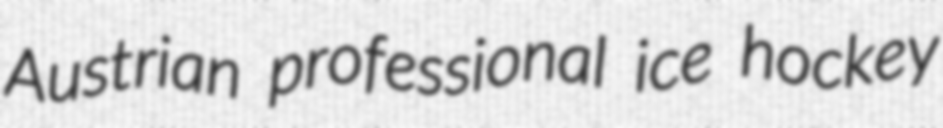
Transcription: Austrian professional ice hockey